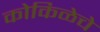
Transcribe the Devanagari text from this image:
कोकिळेचे